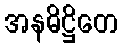
အနဓိဋ္ဌိတေ